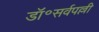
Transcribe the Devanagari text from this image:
डॉ॰सर्वपल्ली